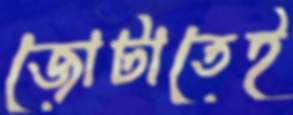
জোটাতেই